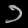
Digit: ၁